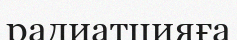
радиатцияға